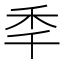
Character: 秊